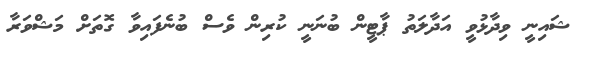
ޝައިނީ ވިދާޅުވީ އަދާލަތު ޕާޓީން ބުނަނީ ކުރިން ވެސް ބުނެފައިވާ ގޮތަށް މަޝްވަރާ